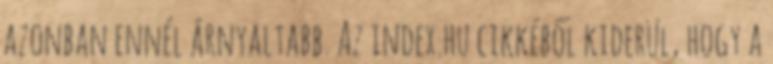
azonban ennél árnyaltabb. Az index.hu cikkéből kiderül, hogy a